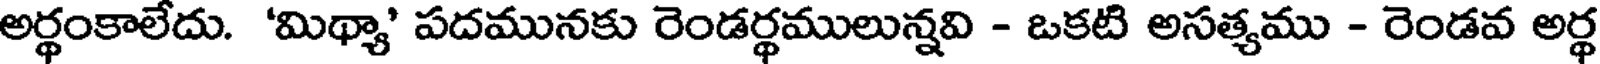
అర్థంకాలేదు. 'మిథ్యా' పదమునకు రెండర్థములున్నవి - ఒకటి అసత్యము - రెండవ అర్థ